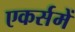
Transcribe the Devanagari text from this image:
एकर्समें